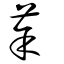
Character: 荼